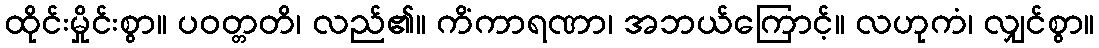
ထိုင်းမှိုင်းစွာ။ ပဝတ္တတိ၊ လည်၏။ ကိံကာရဏာ၊ အဘယ်ကြောင့်။ လဟုကံ၊ လျှင်စွာ။